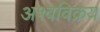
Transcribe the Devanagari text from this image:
अश्वविक्रय